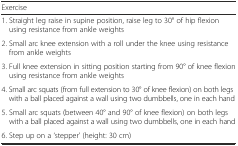
<table><thead><tr><td><b>Exercise</b></td></tr></thead><tbody><tr><td>1. Straight leg raise in supine position, raise leg to 30° of hip flexion using resistance from ankle weights</td></tr><tr><td>2. Small arc knee extension with a roll under the knee using resistance from ankle weights</td></tr><tr><td>3. Full knee extension in sitting position starting from 90° of knee flexion using resistance from ankle weights</td></tr><tr><td>4. Small arc squats (from full extension to 30° of knee flexion) on both legs with a ball placed against a wall using two dumbbells, one in each hand</td></tr><tr><td>5. Small arc squats (between 40° and 90° of knee flexion) on both legs with a ball placed against a wall using two dumbbells, one in each hand</td></tr><tr><td>6. Step up on a ‘stepper’ (height: 30 cm)</td></tr></tbody></table>